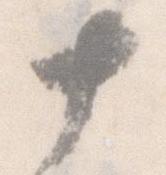
十